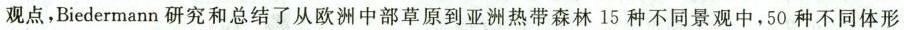
观点，Biedermann 研究和总结了从欧洲中部草原到亚洲热带森林15种不同景观中，50种不同体形